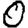
Digit: 0